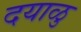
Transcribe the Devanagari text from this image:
दयाळु